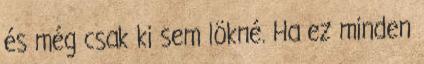
és még csak ki sem lökné. Ha ez minden